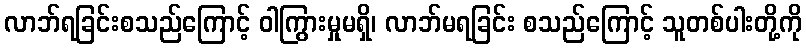
လာဘ်ရခြင်းစသည်ကြောင့် ဝါကြွားမှုမရှိ၊ လာဘ်မရခြင်း စသည်ကြောင့် သူတစ်ပါးတို့ကို